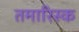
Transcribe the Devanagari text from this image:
तमारिस्क